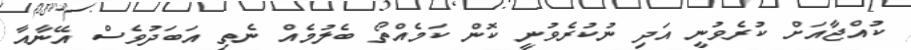
ކުއްޖާއަށް ކުރެވުނީ އަދި ނުކުރެވުނީ ކޮން ކަމެއްތޯ ބެލުމެއް ނެތި އަބަދުވެސް އޭނާއާ